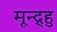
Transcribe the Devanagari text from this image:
मून्द्र्हु